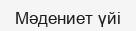
Мәдениет үйі